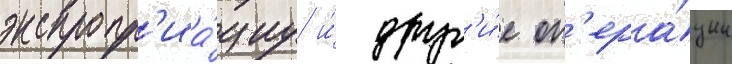
экспропр'иа́циу и́ друг'и́е оп'ера́ции